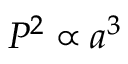
P ^ { 2 } \propto a ^ { 3 }